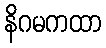
နိဂမကထာ